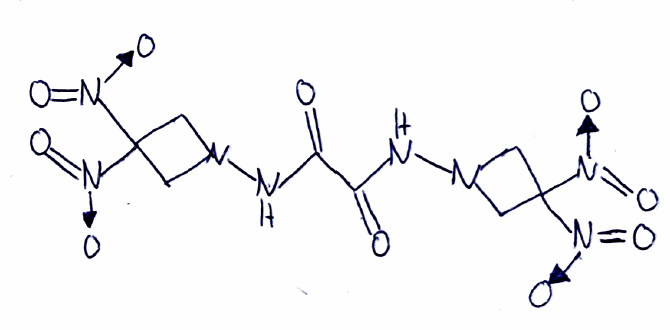
Simplified molecular-input line-entry system (SMILES) notation of the given molecule:
C1C(CN1NC(=O)C(=O)NN2CC(C2)([N+](=O)[O-])[N+](=O)[O-])([N+](=O)[O-])[N+](=O)[O-]